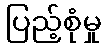
ပြည့်စုံမှု